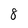
Character: 8